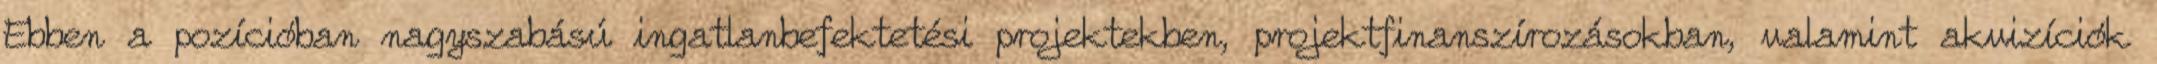
Ebben a pozícióban nagyszabású ingatlanbefektetési projektekben, projektfinanszírozásokban, valamint akvizíciók